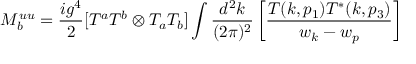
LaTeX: { \cal M } _ { b } ^ { u u } = \frac { i g ^ { 4 } } { 2 } [ T ^ { a } T ^ { b } \otimes T _ { a } T _ { b } ] \int \frac { d ^ { 2 } k } { ( 2 \pi ) ^ { 2 } } \left[ \frac { T ( k , p _ { 1 } ) T ^ { * } ( k , p _ { 3 } ) } { w _ { k } - w _ { p } } \right]